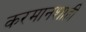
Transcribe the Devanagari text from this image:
करमानशाही